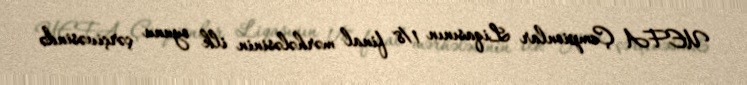
UEFA Çempionlar Liqasının 1/8 final mərhələsinin ilk oyunu çərçivəsində